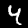
Digit: 4